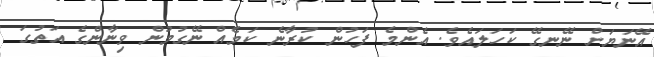
އޭނަޔަށް ނޭނގޭ ކަހަލައެވެ. އެންމެ ފަހުން ކުރާނެ ކަމެއް ނޭގުމުން ވިނާންގެ އަތުގަ